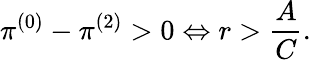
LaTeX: \pi^{(0)}-\pi^{(2)}>0\Leftrightarrow r>\frac{A}{C}.